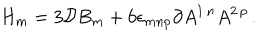
H _ { m } = 3 { \cal D } B _ { m } + 6 \epsilon _ { m n p } \partial A ^ { 1 \, n } A ^ { 2 \, p } \, .